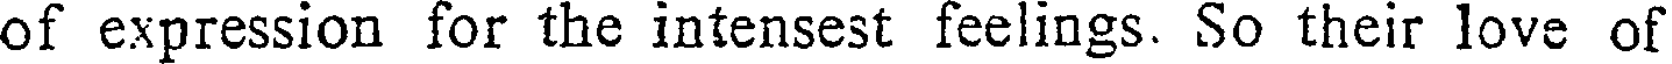
of expression for the intensest feelings. So their love of